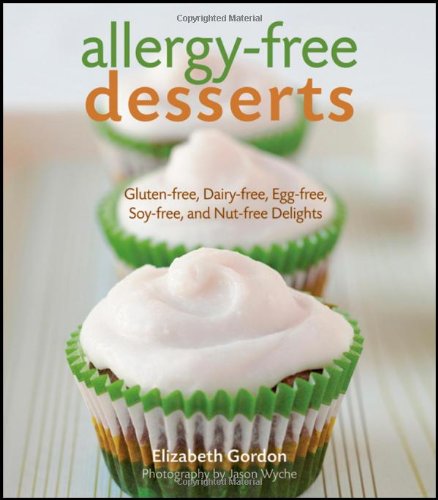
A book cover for Allergy-free Desserts: Gluten-free, Dairy-free, Egg-free, Soy-free, and Nut-free Delights; Elizabeth Gordon; Cookbooks, Food & Wine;